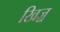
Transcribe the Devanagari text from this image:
खिज़्र